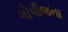
ગોપીજના